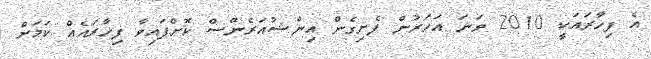
އެ ފިހާރައަކީ 2010 ވަނަ އަހަރުން ފެށިގެން އިންޝުއަރެންސް ކޮށްފައިވާ ފިހާރައެއް ކަމަށް